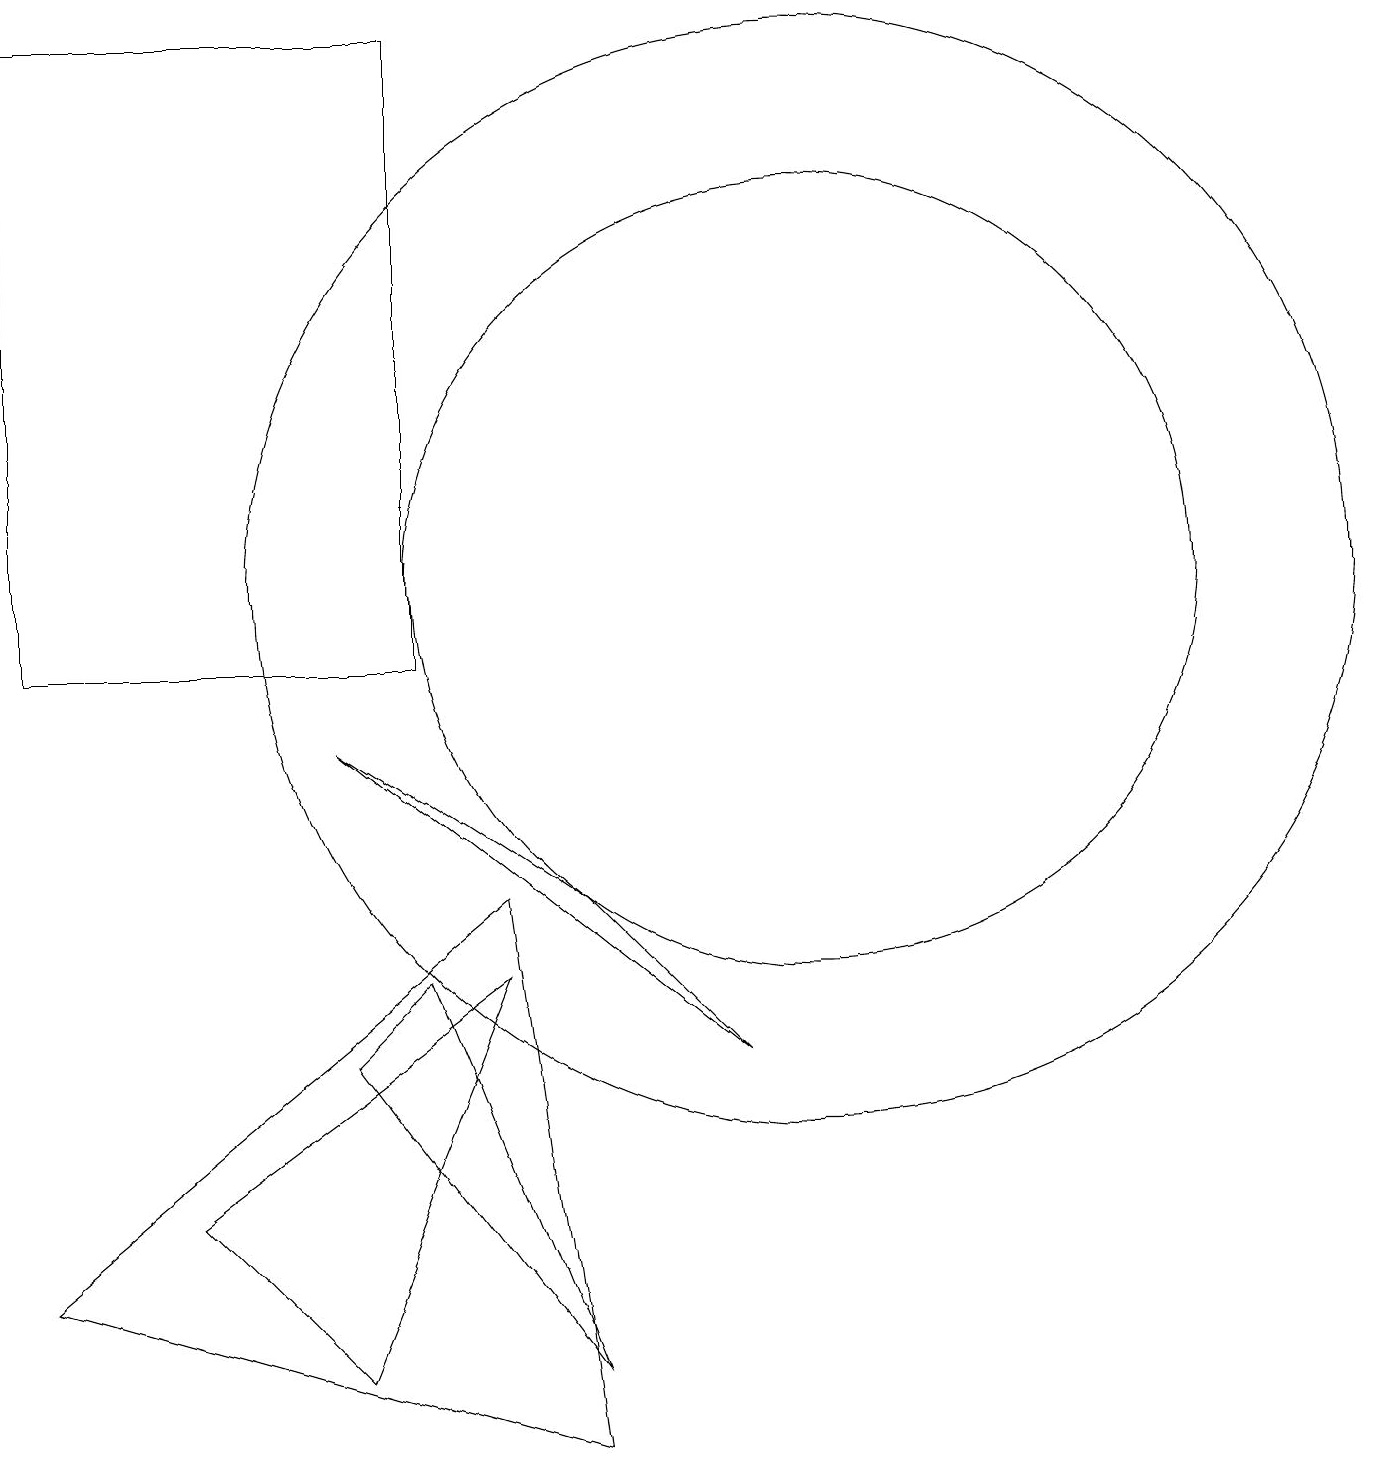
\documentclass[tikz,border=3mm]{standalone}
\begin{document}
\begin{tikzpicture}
\draw (10,11) circle (5);
\draw (10,11) circle (7);
\draw (7,1) -- (4,5) -- (5,6) -- cycle;
\draw (5,18) rectangle (0,10);
\draw (0,2) -- (6,7) -- (7,0) -- cycle;
\draw (4,1) -- (2,3) -- (6,6) -- cycle;
\draw (4,9) -- (9,5) -- (7,7) -- cycle;
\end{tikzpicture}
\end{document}